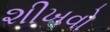
શીખવો